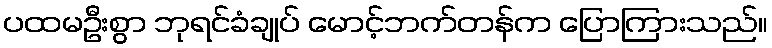
ပထမဦးစွာ ဘုရင်ခံချုပ် မောင့်ဘက်တန်က ပြောကြားသည်။